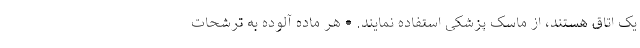
یک اتاق هستند، از ماسک پزشکی استفاده نمایند. • هر ماده آلوده به ترشحات